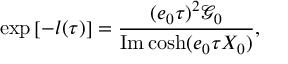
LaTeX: \exp \left[ - l ( \tau ) \right] = \frac { ( e _ { 0 } \tau ) ^ { 2 } \mathcal { G } _ { 0 } } { \mathrm { I m } \cosh ( e _ { 0 } \tau X _ { 0 } ) } ,